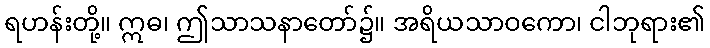
ရဟန်းတို့။ ဣဓ၊ ဤသာသနာတော်၌။ အရိယသာဝကော၊ ငါဘုရား၏